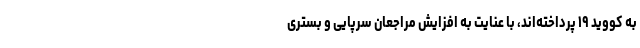
به کووید ۱۹ پرداخته‌اند، با عنایت به افزایش مراجعان سرپایی و بستری